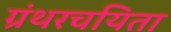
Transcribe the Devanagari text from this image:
ग्रंथरचयिता